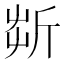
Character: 㪿